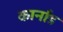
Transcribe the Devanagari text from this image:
कार्नाड